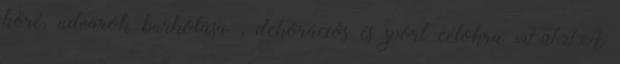
köré, udvarok burkolása , dekorációs és sport célokra FIFA